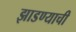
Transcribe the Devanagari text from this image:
झाडण्याची